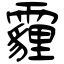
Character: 霾